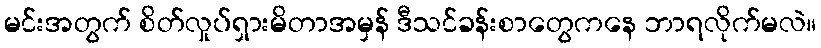
မင်းအတွက် စိတ်လှုပ်ရှားမိတာအမှန် ဒီသင်ခန်းစာတွေကနေ ဘာရလိုက်မလဲ။